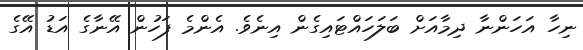
ނިހާ އަހަންނާ ދިމާއަށް ބަލަހައްޓައިގެން އިނެވެ. އެންމެ ފަހުން އޭނާގެ އަޑު އޭގެ